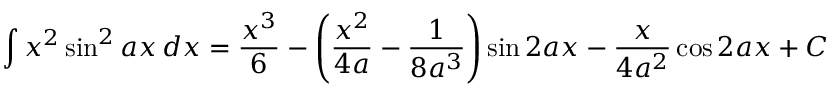
\int x ^ { 2 } \sin ^ { 2 } { a x } \, d x = { \frac { x ^ { 3 } } { 6 } } - \left( { \frac { x ^ { 2 } } { 4 a } } - { \frac { 1 } { 8 a ^ { 3 } } } \right) \sin 2 a x - { \frac { x } { 4 a ^ { 2 } } } \cos 2 a x + C